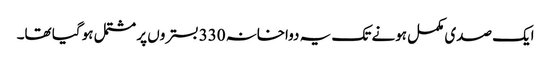
ایک صدی مکمل ہونے تک یہ دواخانہ 330 بستروں پر مشتمل ہو گیا تھا۔